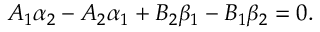
A _ { 1 } \alpha _ { 2 } - A _ { 2 } \alpha _ { 1 } + B _ { 2 } \beta _ { 1 } - B _ { 1 } \beta _ { 2 } = 0 .